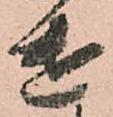
遣